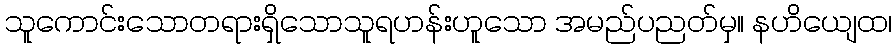
သူကောင်းသောတရားရှိသောသူရဟန်းဟူသော အမည်ပညတ်မှ။ နဟိယျေထ၊